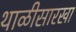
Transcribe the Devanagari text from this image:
थाळीसारखा